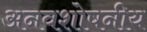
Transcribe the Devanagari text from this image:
अनवशोषनीय